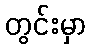
တွင်းမှာ